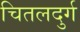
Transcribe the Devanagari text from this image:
चितलदुर्ग